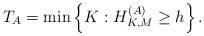
LaTeX: \begin{align*} {T_A} = \min \left\{ {K:H_{K,M}^{(A)} \ge h} \right\}.\end{align*}